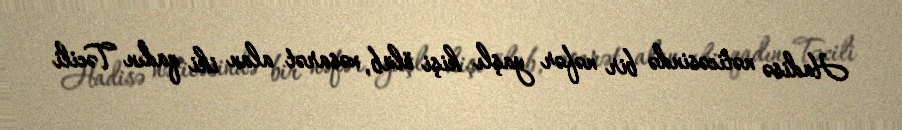
Hadisə nəticəsində bir nəfər yaşlı kişi ölüb, xəsarət alan iki qadın Təcili